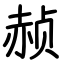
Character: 赪